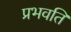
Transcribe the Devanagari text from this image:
प्रभवति